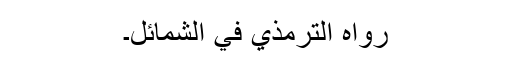
رَوَاہُ التِّرْمِذِيُّ فِي الشَّمَائِلِ۔